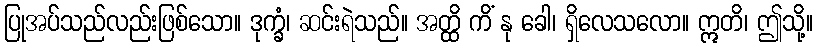
ပြုအပ်သည်လည်းဖြစ်သော။ ဒုက္ခံ၊ ဆင်းရဲသည်။ အတ္ထိ ကိံ နု ခေါ၊ ရှိလေသလော။ ဣတိ၊ ဤသို့။